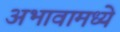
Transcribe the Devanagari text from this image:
अभावामध्ये